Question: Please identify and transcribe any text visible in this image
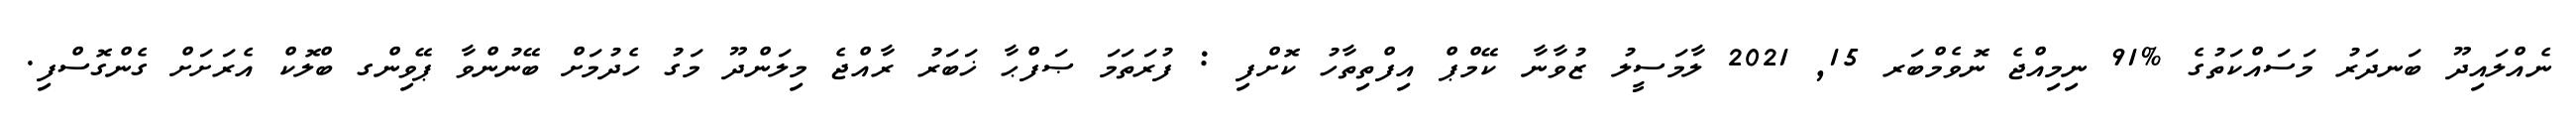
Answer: ނެއްލައިދޫ ބަނދަރު މަސައްކަތުގެ %91 ނިމިއްޖެ ނޮވެމްބަރ 15, 2021 ލާމަސީލު ޒުވާނާ ކޭމްޕް އިފްތިތާހު ކޮށްފި : ފުރަތަމަ ޞަފްޙާ ޚަބަރު ރާއްޖެ މިލަންދޫ މަގު ހެދުމަށް ބޭނުންވާ ޕޭވިންގ ބްލޮކް އެރަށަށް ގެންގޮސްފި.